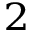
^ 2